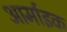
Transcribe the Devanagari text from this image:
आर्माइक